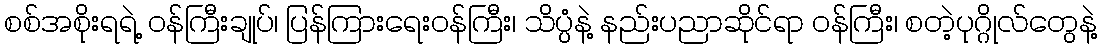
စစ်အစိုးရရဲ့ ဝန်ကြီးချုပ်၊ ပြန်ကြားရေးဝန်ကြီး၊ သိပ္ပံနဲ့ နည်းပညာဆိုင်ရာ ဝန်ကြီး၊ စတဲ့ပုဂ္ဂိုလ်တွေနဲ့